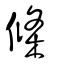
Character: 條